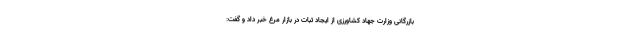
بازرگانی وزارت جهاد کشاورزی از ایجاد ثبات در بازار مرغ خبر داد و گفت: